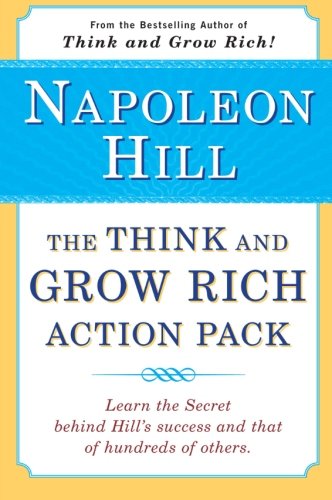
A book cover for The Think and Grow Rich Action Pack; Napoleon Hill; Business & Money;